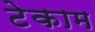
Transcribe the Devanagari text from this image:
टेकाम